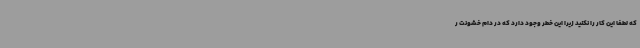
که لطفا این کار را نکنید زیرا این خطر وجود دارد که در دام خشونت ر